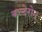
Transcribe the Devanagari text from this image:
कल्देरोन्